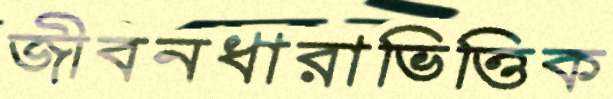
জীবনধারাভিত্তিক